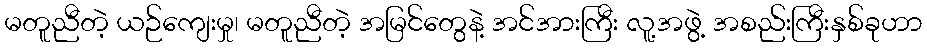
မတူညီတဲ့ ယဉ်ကျေးမှု၊ မတူညီတဲ့ အမြင်တွေနဲ့ အင်အားကြီး လူ့အဖွဲ့ အစည်းကြီးနှစ်ခုဟာ